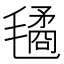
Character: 𣰇